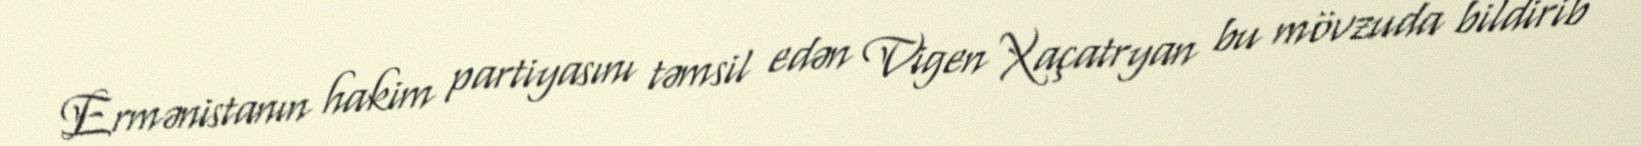
Ermənistanın hakim partiyasını təmsil edən Vigen Xaçatryan bu mövzuda bildirib